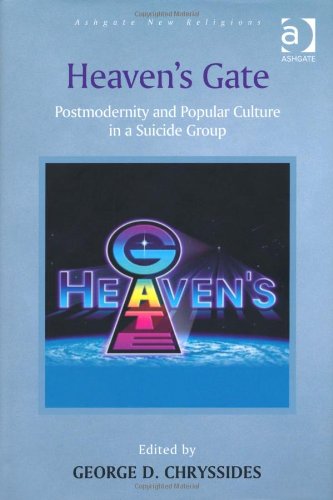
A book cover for Heaven's Gate (Ashgate New Religions); George D. Chryssides; Religion & Spirituality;